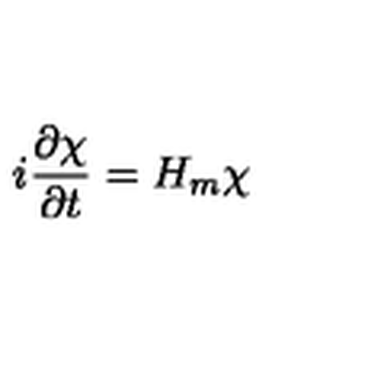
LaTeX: i \frac { \partial \chi } { \partial t } = H _ { m } \chi